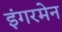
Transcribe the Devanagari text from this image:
इंगरमेन